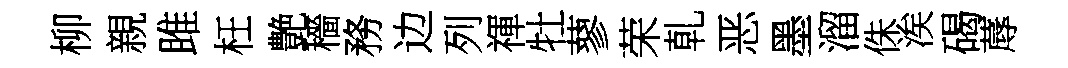
柳親雎枉艶穡務边列禈牡蓼荣乹恶墨溜侏涘碣蓐